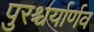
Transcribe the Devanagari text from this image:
पुरश्चर्यार्णव